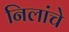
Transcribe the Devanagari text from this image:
निलांचे